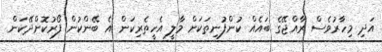
އަދި މިހާރުވެސް ރާއްޖޭގެ ބައެއް ކުންފުނިތަކަށް މާލީ އެހީތެރިކަން އެ ބޭންކުން ފޯރުކޮށްދޭކަން